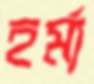
হর্ম্য